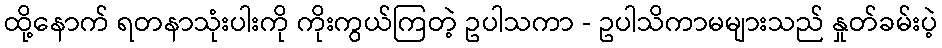
ထို့နောက် ရတနာသုံးပါးကို ကိုးကွယ်ကြတဲ့ ဥပါသကာ - ဥပါသိကာမများသည် နှုတ်ခမ်းပဲ့